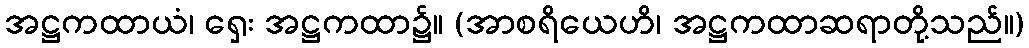
အဋ္ဌကထာယံ၊ ရှေး အဋ္ဌကထာ၌။ (အာစရိယေဟိ၊ အဋ္ဌကထာဆရာတို့သည်။)